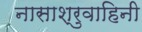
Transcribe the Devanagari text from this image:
नासाश्रुवाहिनी